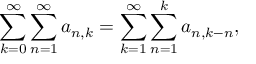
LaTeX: \sum _ { k = 0 } ^ { \infty } \sum _ { n = 1 } ^ { \infty } a _ { n , k } = \sum _ { k = 1 } ^ { \infty } \sum _ { n = 1 } ^ { k } a _ { n , k - n } ,